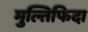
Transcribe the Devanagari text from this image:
मुल्तिफिदा